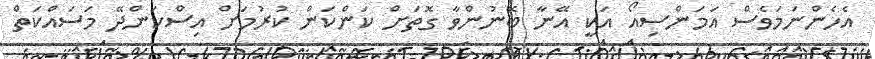
އެހެންނަމަވެސް އަމަންސިއޯ އަކީ އޭނާ ބޭނުންވާ ގޮތަށް ކަންކަން ކުރުމަށް އިސްކަންދޭ މަސައްކަތް